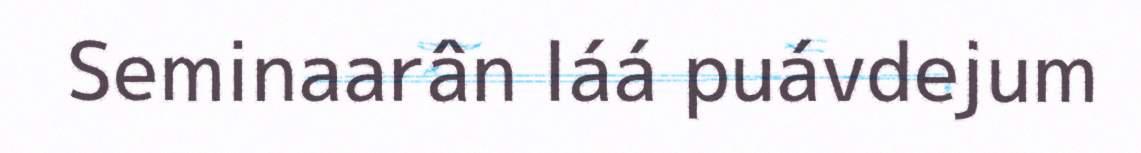
Seminaarân láá puávdejum